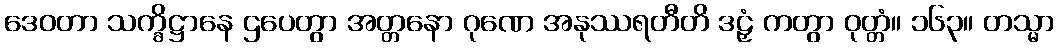
ဒေဝတာ သက္ခိဋ္ဌာနေ ဌပေတွာ အတ္တနော ဂုဏေ အနုဿရတီတိ ဒဠှံ ကတွာ ဝုတ္တံ။ ၁၆၃။ တသ္မာ